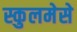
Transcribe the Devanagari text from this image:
स्कुलमेसे